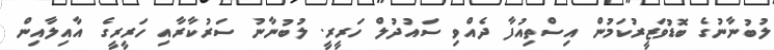
ލުބުނާނުގެ ބޮޑުވަޒީރުކަމުން އިސްތިއުފާ ދެއްވި ސައުދުލް ހަރީރީ. ލުބުނާނު ސަރުކާރާއި ހަރީރީގެ އާއިލާއިން